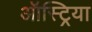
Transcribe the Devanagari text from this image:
ऑस्‍ट्रिया